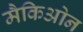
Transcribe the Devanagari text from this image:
मैकिओन